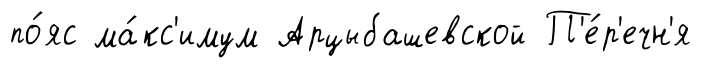
по́яс ма́кс'имум Арцыбашевской П'е́р'ечн'я